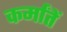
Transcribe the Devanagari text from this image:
कर्मांतें